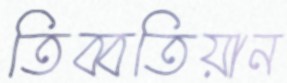
তিব্বতিয়ান